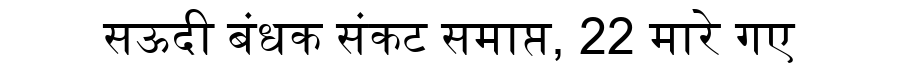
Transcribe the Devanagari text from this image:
सऊदी बंधक संकट समाप्त, 22 मारे गए